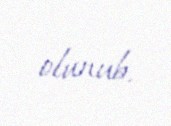
olunub.